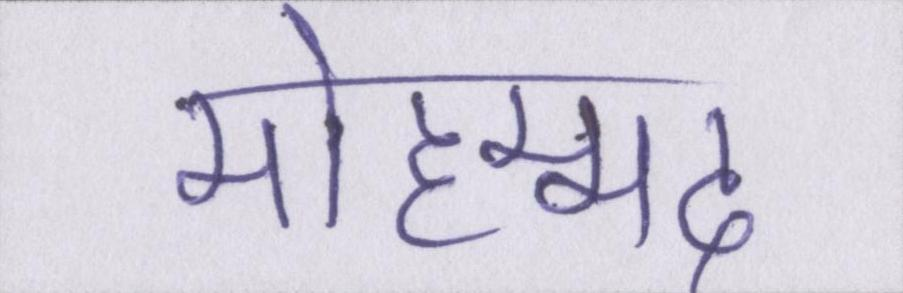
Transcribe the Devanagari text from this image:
मोहम्मद